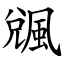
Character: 䬇